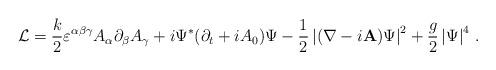
LaTeX: \begin{align*}{\cal L} = {\frac {k} {2}}\varepsilon^{\alpha \beta \gamma}A_{\alpha}\partial_{\beta}A_{\gamma} + i\Psi^{\ast}(\partial_{t}+iA_{0})\Psi - {\frac {1} {2}}\left |(\nabla - i{\bf A})\Psi \right|^{2} + {\frac {g} {2}}\left|\Psi \right|^{4} \, .\end{align*}